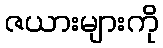
ဇယားများကို